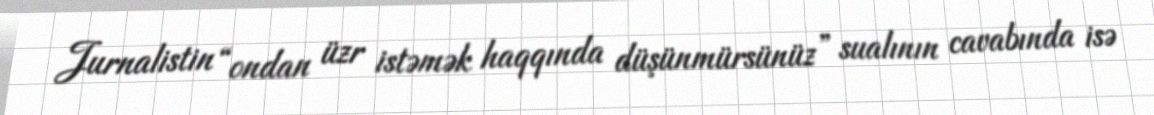
Jurnalistin “ondan üzr istəmək haqqında düşünmürsünüz” sualının cavabında isə